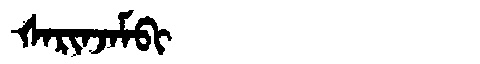
Manchu: ᡧᠠᡵᡳᠨᠵᠠᠮᠪᡳ
Romanization: ŠARINJAMBI